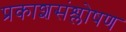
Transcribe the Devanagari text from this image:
प्रकाशसंश्लोषण